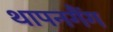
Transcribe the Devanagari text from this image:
थापनगैंग